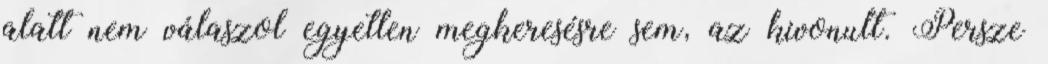
alatt nem válaszol egyetlen megkeresésre sem, az kivonult. Persze